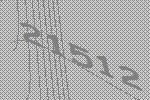
21512